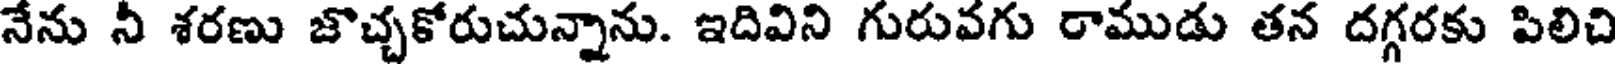
నేను నీ శరణు జొచ్చకోరుచున్నాను. ఇదివిని గురువగు రాముడు తన దగ్గరకు పిలిచి